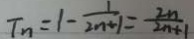
T _ { n } = 1 - \frac { 1 } { 2 n + 1 } = \frac { 2 n } { 2 n + 1 }